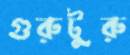
গুরুটুরু